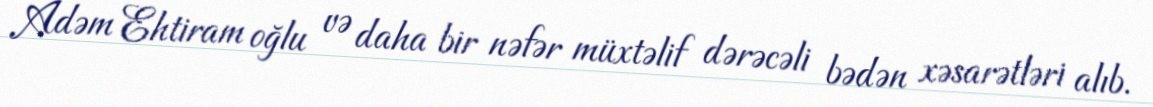
Adəm Ehtiram oğlu və daha bir nəfər müxtəlif dərəcəli bədən xəsarətləri alıb.